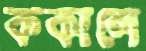
ককালে